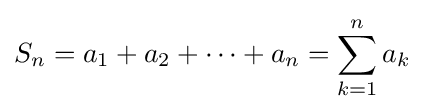
S_{n}=a_{1}+a_{2}+\cdots +a_{n}=\sum _{k=1}^{n}a_{k}